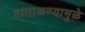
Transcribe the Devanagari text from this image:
हाताळण्यामुळे